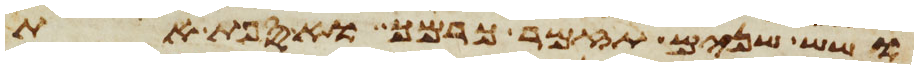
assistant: ושש שנים תזמר כרמך ואספת את